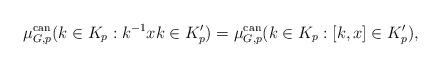
LaTeX: \begin{align*}\mu_{G,p}^{\rm can}(k\in K_p: k^{-1}xk\in K_p')=\mu_{G,p}^{\rm can}(k\in K_p: [k,x]\in K_p'),\end{align*}